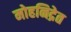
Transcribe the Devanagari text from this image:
मोहनिद्रेत